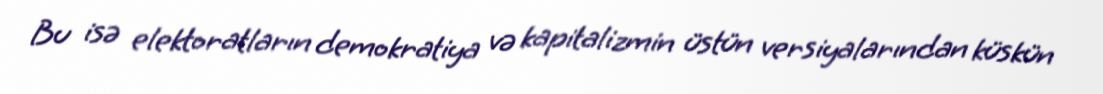
Bu isə elektoratların demokratiya və kapitalizmin üstün versiyalarından küskün